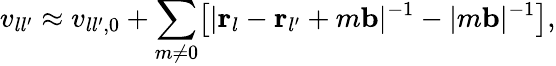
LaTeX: v_{ll^{\prime}}\approx v_{ll^{\prime},0}+\sum_{m\neq 0}\mathopen{}\left[|{\mathbf r}_{l}-{\mathbf r}_{l^{\prime}}+m{\mathbf b}|^{-1}-|m{\mathbf b}|^{-1}\right]\mathclose{},